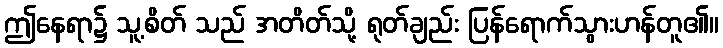
ဤနေရာ၌ သူ့စိတ် သည် အတိတ်သို့ ရုတ်ချည်း ပြန်ရောက်သွားဟန်တူ၏။